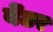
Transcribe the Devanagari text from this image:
वेंटर